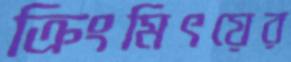
ক্রিংমিৎয়ের